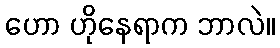
ဟော ဟိုနေရာက ဘာလဲ။